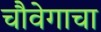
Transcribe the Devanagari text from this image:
चौवेगाचा